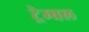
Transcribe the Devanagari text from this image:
ट्रेम्बल